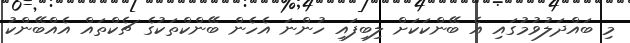
މި ބައްދަލުވުމުގައި އެ ބޭންކަކަށް ލިބިފައި ހުންނަ އެހެން ބޭންކްތަކުގެ ޗެކްތައް އެއްބޭންކު